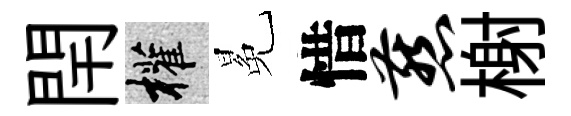
閈權冕惜燕榭